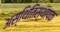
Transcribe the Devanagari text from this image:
अस्थितिस्थापक